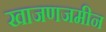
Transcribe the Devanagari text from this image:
खाजणजमीन